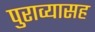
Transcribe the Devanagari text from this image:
पुराव्यासह